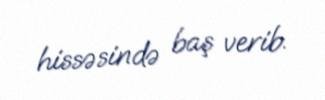
hissəsində baş verib.